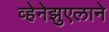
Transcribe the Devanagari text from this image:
व्हेनेझुएलाने